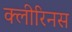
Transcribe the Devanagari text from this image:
क्लीरिनस